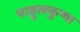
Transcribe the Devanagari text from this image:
पाहुलकुणा